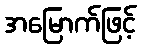
အမြောက်ဖြင့်